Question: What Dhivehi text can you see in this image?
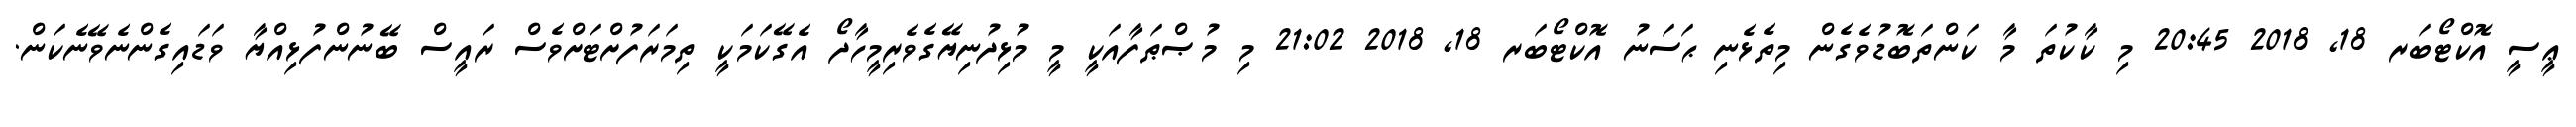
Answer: ޢީސީ އޮކްޓޯބަރ 18, 2018 20:45 މި ކާކުތަ މާ ކަންތަބޮޑުވެގެން މިތެޅެނި ޙަސަނު އޮކްޓޯބަރ 18, 2018 21:02 މި މުޞްޠަފާއަކީ މީ މުޅިދުނިޔޭގެވެރިމީހާދޯ އެގޭކަމަކީ ތިމަރަފުށްޓަށްވެސް ރައީސް ބޭނުންފުޅިއްޔާ ވަޑައިގެންނެވޭނެކަން.